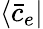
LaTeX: {\left\langle{\bar{c}_{e}}\right|}